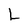
Character: L